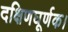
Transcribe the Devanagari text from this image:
दक्षिणघूर्णक।